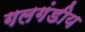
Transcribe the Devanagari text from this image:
गलगंडीय